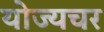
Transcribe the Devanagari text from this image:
योज्यचर